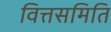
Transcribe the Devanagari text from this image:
वित्तसमिति